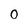
Character: 0